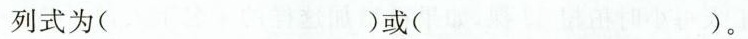
列式为()或()。